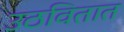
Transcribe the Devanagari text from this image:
उठवितात